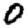
Digit: 0